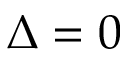
\Delta = 0